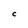
Character: C